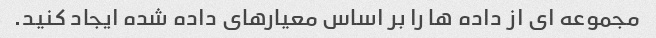
مجموعه ای از داده ها را بر اساس معیارهای داده شده ایجاد کنید.